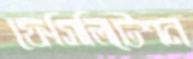
ফেসিলিটেশন